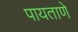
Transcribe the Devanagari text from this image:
पायताणे